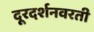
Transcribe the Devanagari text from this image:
दूरदर्शनवरती